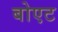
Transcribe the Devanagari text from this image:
बोएट